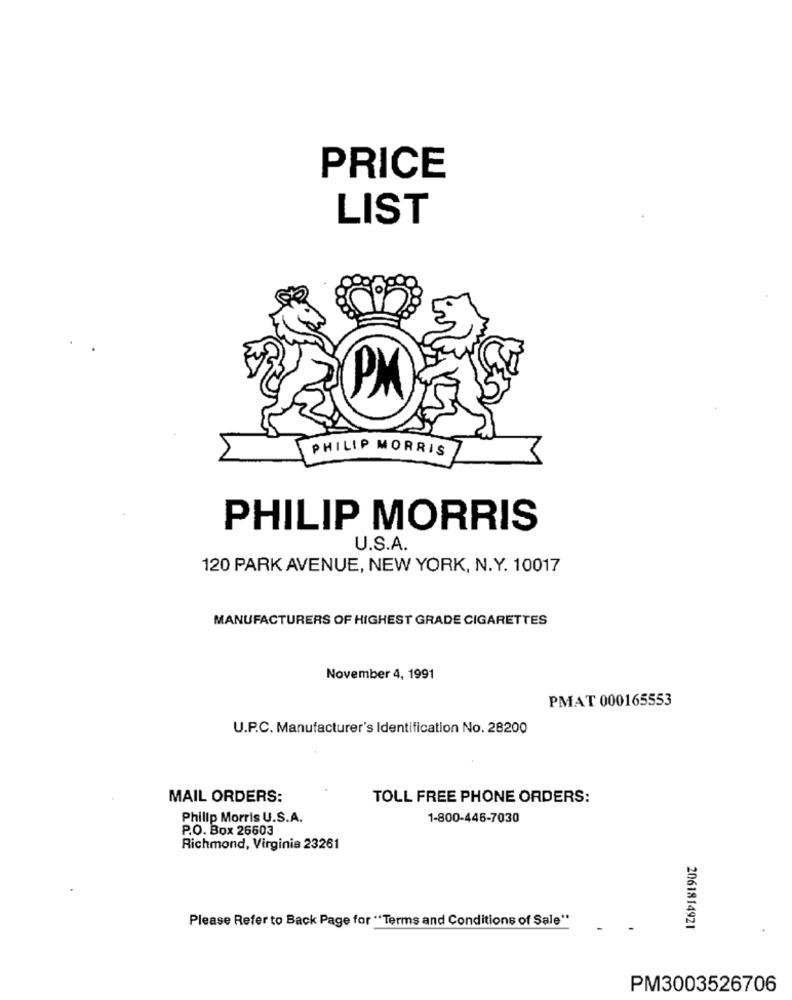
PRICE
LIST
PM
PHILIP MORRIS
PHILIP MORRIS
U.S.A.
120 PARK AVENUE, NEW YORK, N.Y. 10017
MANUFACTURERS OF HIGHEST GRADE CIGARETTES
November 4, 1991
PMAT 000165553
U.P.C. Manufacturer's Identification No. 28200
MAIL ORDERS:
TOLL FREE PHONE ORDERS:
Philip Morris U.S.A.
1-800-446-7030
P.O. Box 26603
Richmond, Virginia 23261
Please Refer to Back Page for "Terms and Conditions of Sale"
2061814921
PM3003526706